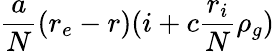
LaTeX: \frac{a}{N}(r_{e}-r)(i+c\frac{r_{i}}{N}\rho_{g})